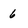
Character: 6